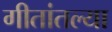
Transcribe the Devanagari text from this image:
गीतांतल्या